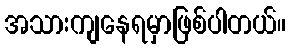
အသားကျနေရမှာဖြစ်ပါတယ်။